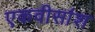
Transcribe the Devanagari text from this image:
एकवीसांश